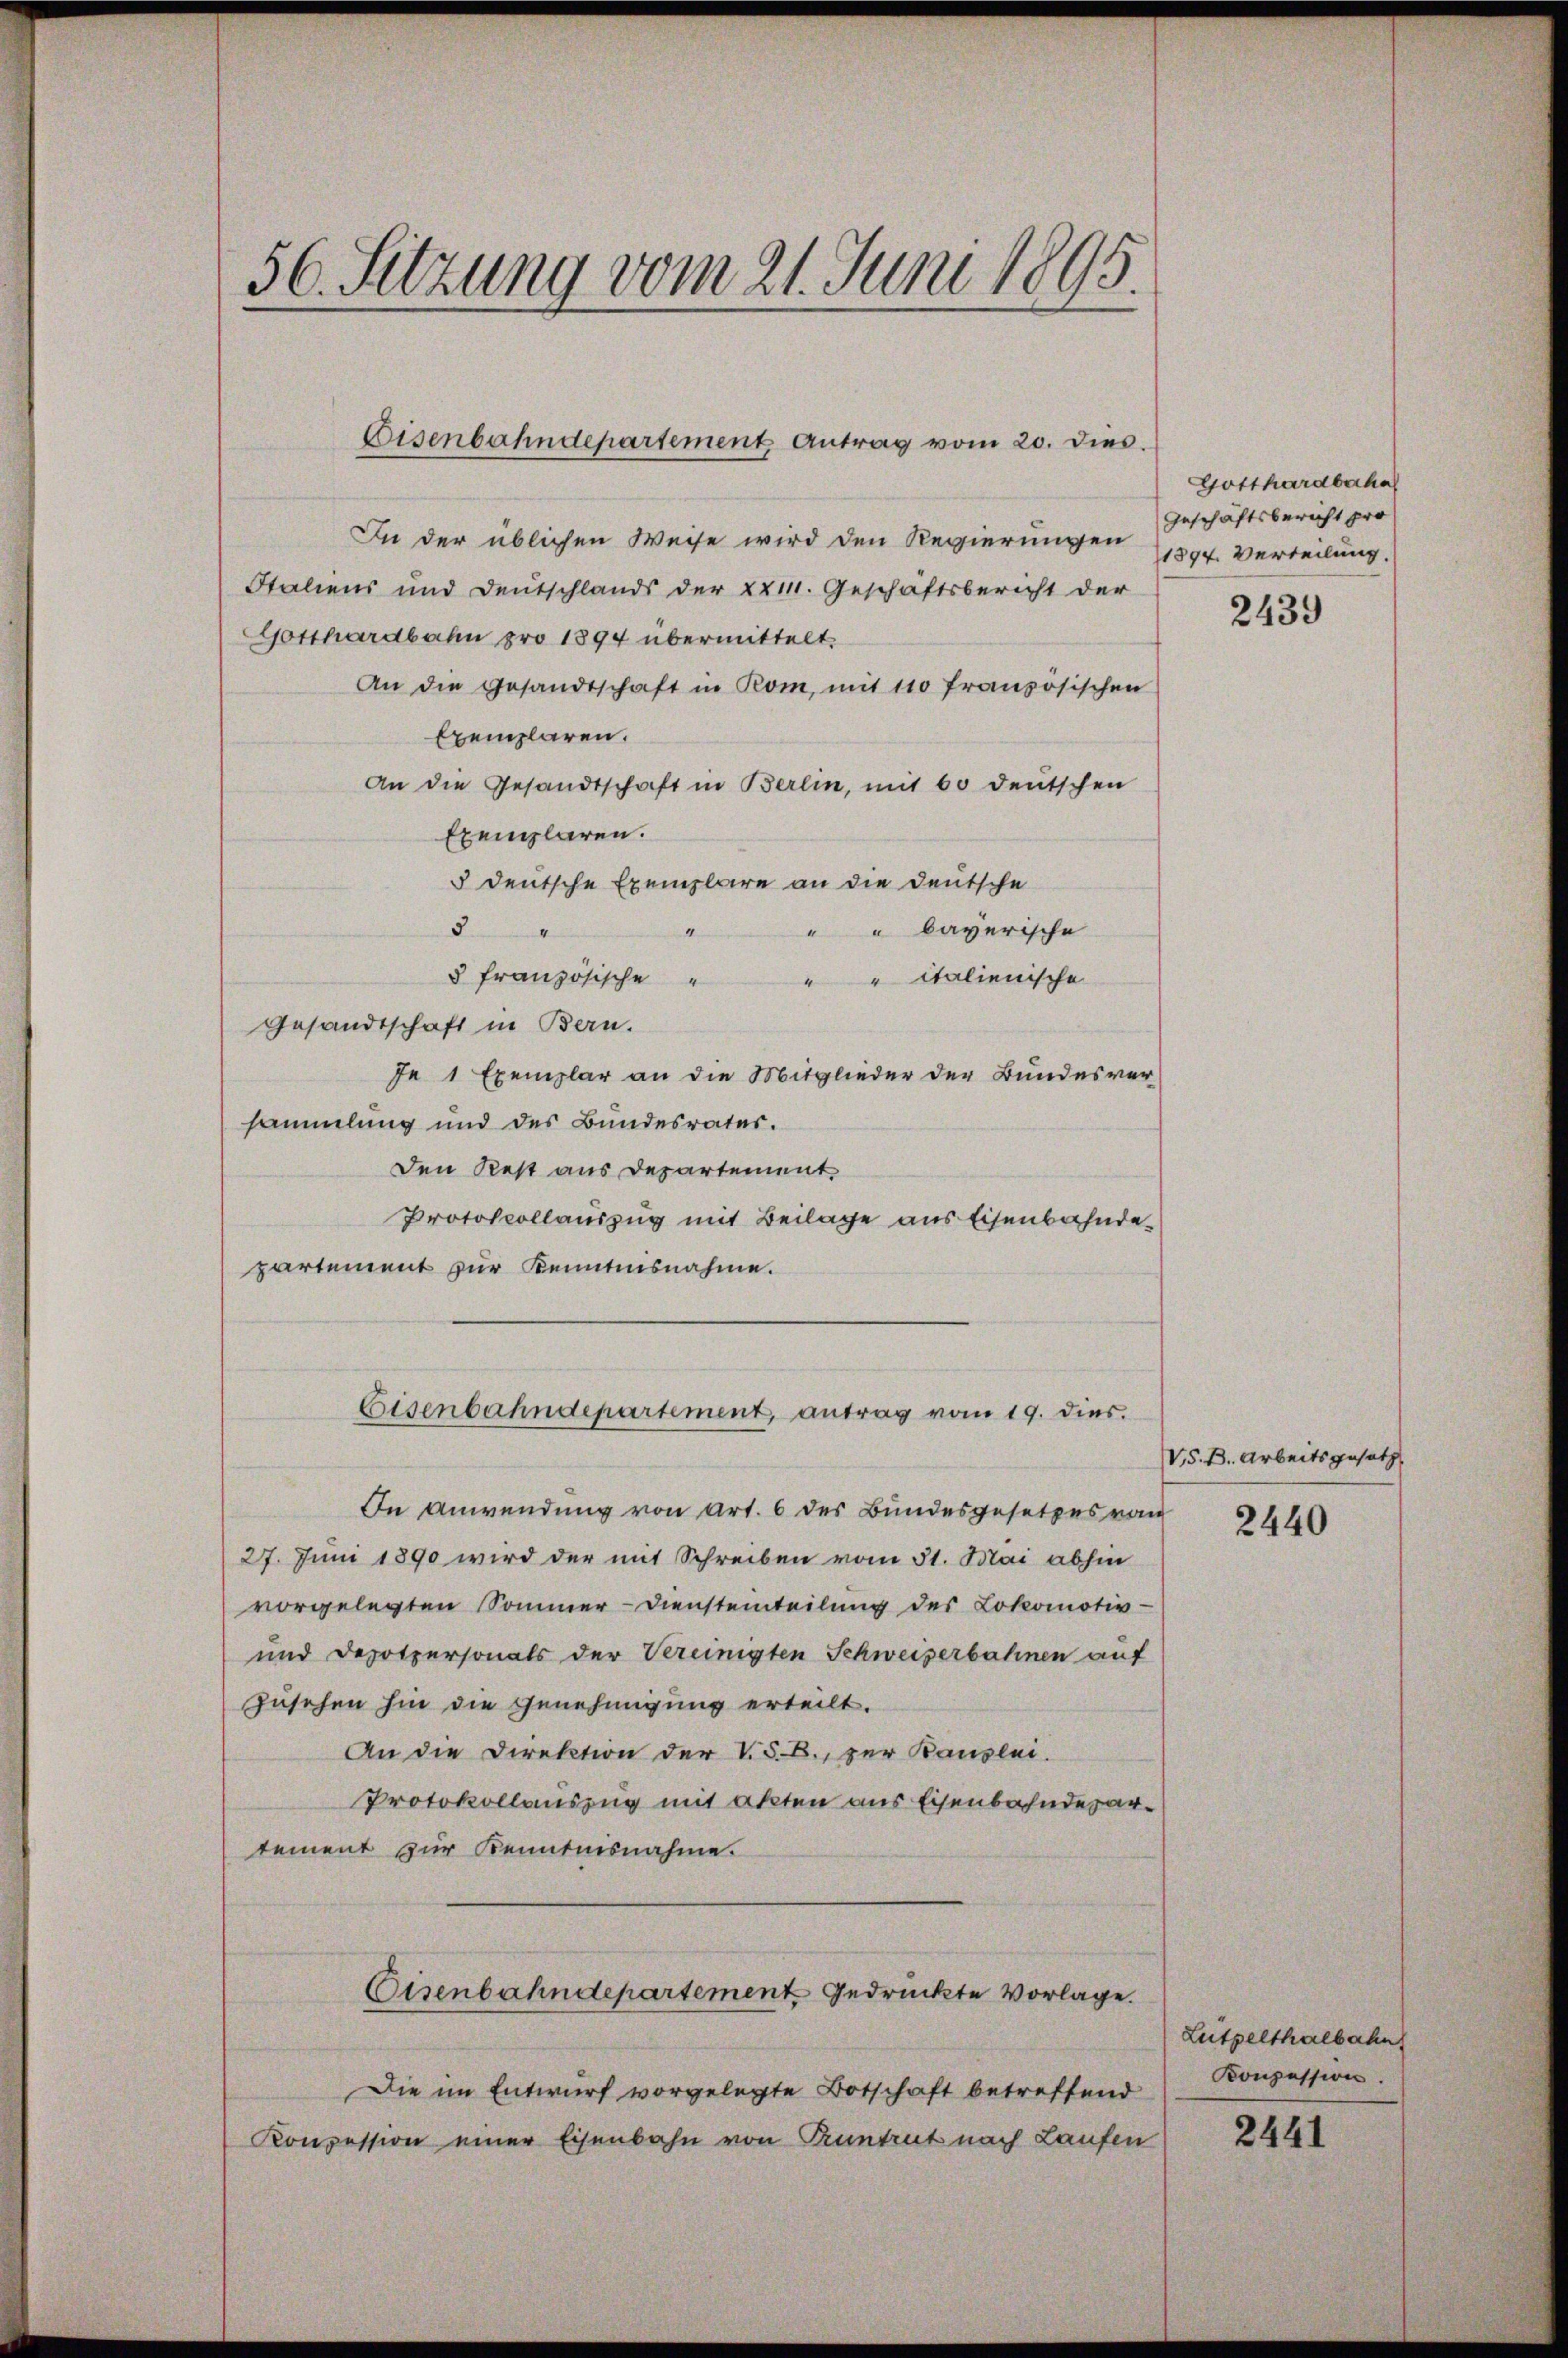
56. Sitzung vom 21. Juni 1895.

In der üblichen Weise wird den Regierungen
Italiens und Deutschlands der XX11. Geschäftsbericht der
Gotthardbahn pro 1894 übermittelt.
An die Gesandtschaft in Rom, mit 110 französischen
Exemplaren.
An die Gesandtschaft in Berlin, mit 60 deutschen
Exemplaren.
5 deutsche Exemplare an die Deutsche
3
4
" bayerische
§ französische
"" Italienische
Gesandtschaft in Bern.
Je 1 Exemplar an die Mitglieder der Bundesver
sammlung und des Bundesrates.
Den Rest aus Departement
Protokollauszug mit Beilage aus Eisenbahnde
partement zur Kenntnisnahme.
Eisenbahndepartement, antrag vom 19. dies
In Anwendung von Art. 6 des Bundesgesetzes vom
27. Juni 1890 wird der mit Schreiben vom 31. Mai abhin
vorgelegten Sommer-Diensteinteilung des Lokomotiv-
und Depotpersonals der Vereinigten Schweizerbahnen auf
Zusehen hin die Genehmigung erteilt.
An die Direktion der V.S.B., zur Kanzlei.
Protokollauszug mit akten aus Eisenbahndepartement zur Kenntnisnahme.
Eisenbahndepartement gedruckte Vorlage.
Die im Entwurf vorgelegte Botschaft betreffend
Konzession einer Eisenbahn von Kuntrut nach Laufen

Eisenbahndepartement Antrag vom 20. dies.

Gotthardbacha
Geschäftsbericht pro
1894. Verteilung.

2439

VS.B. Arbeitsgesetz

2440

Lutpelthalbahn
Konzession.

2441